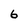
Character: 6